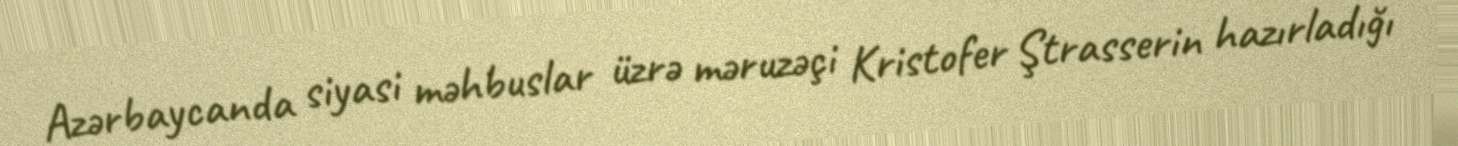
Azərbaycanda siyasi məhbuslar üzrə məruzəçi Kristofer Ştrasserin hazırladığı